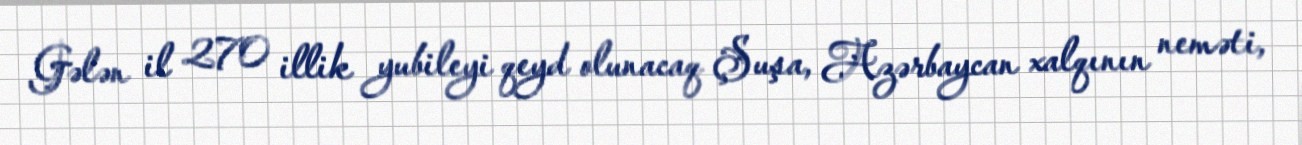
Gələn il 270 illik yubileyi qeyd olunacaq Şuşa, Azərbaycan xalqının neməti,